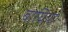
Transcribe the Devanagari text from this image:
बाघिया